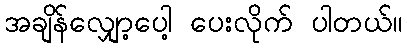
အချိန်လျှော့ပေါ့ ပေးလိုက် ပါတယ်။